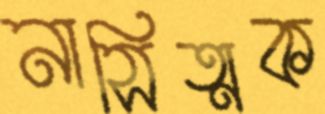
নাসিত্মক